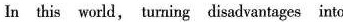
In this world, turning disadvantages into